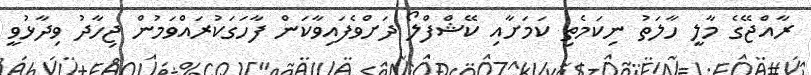
ރާއްޖޭގެ މާލީ ހާލަތު ނިކަމެތި ކަމަށާއި ކޭޝްފްލޯ ދަށްވެފައިވާކަން ފާހަގަކުރައްވަމުން ޖިހާދު ވިދާޅުވީ